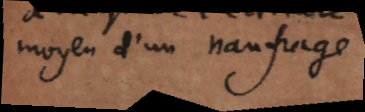
moyen d’un naufrage